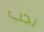
يجب